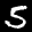
Label: 5